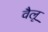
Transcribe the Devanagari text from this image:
वैलू